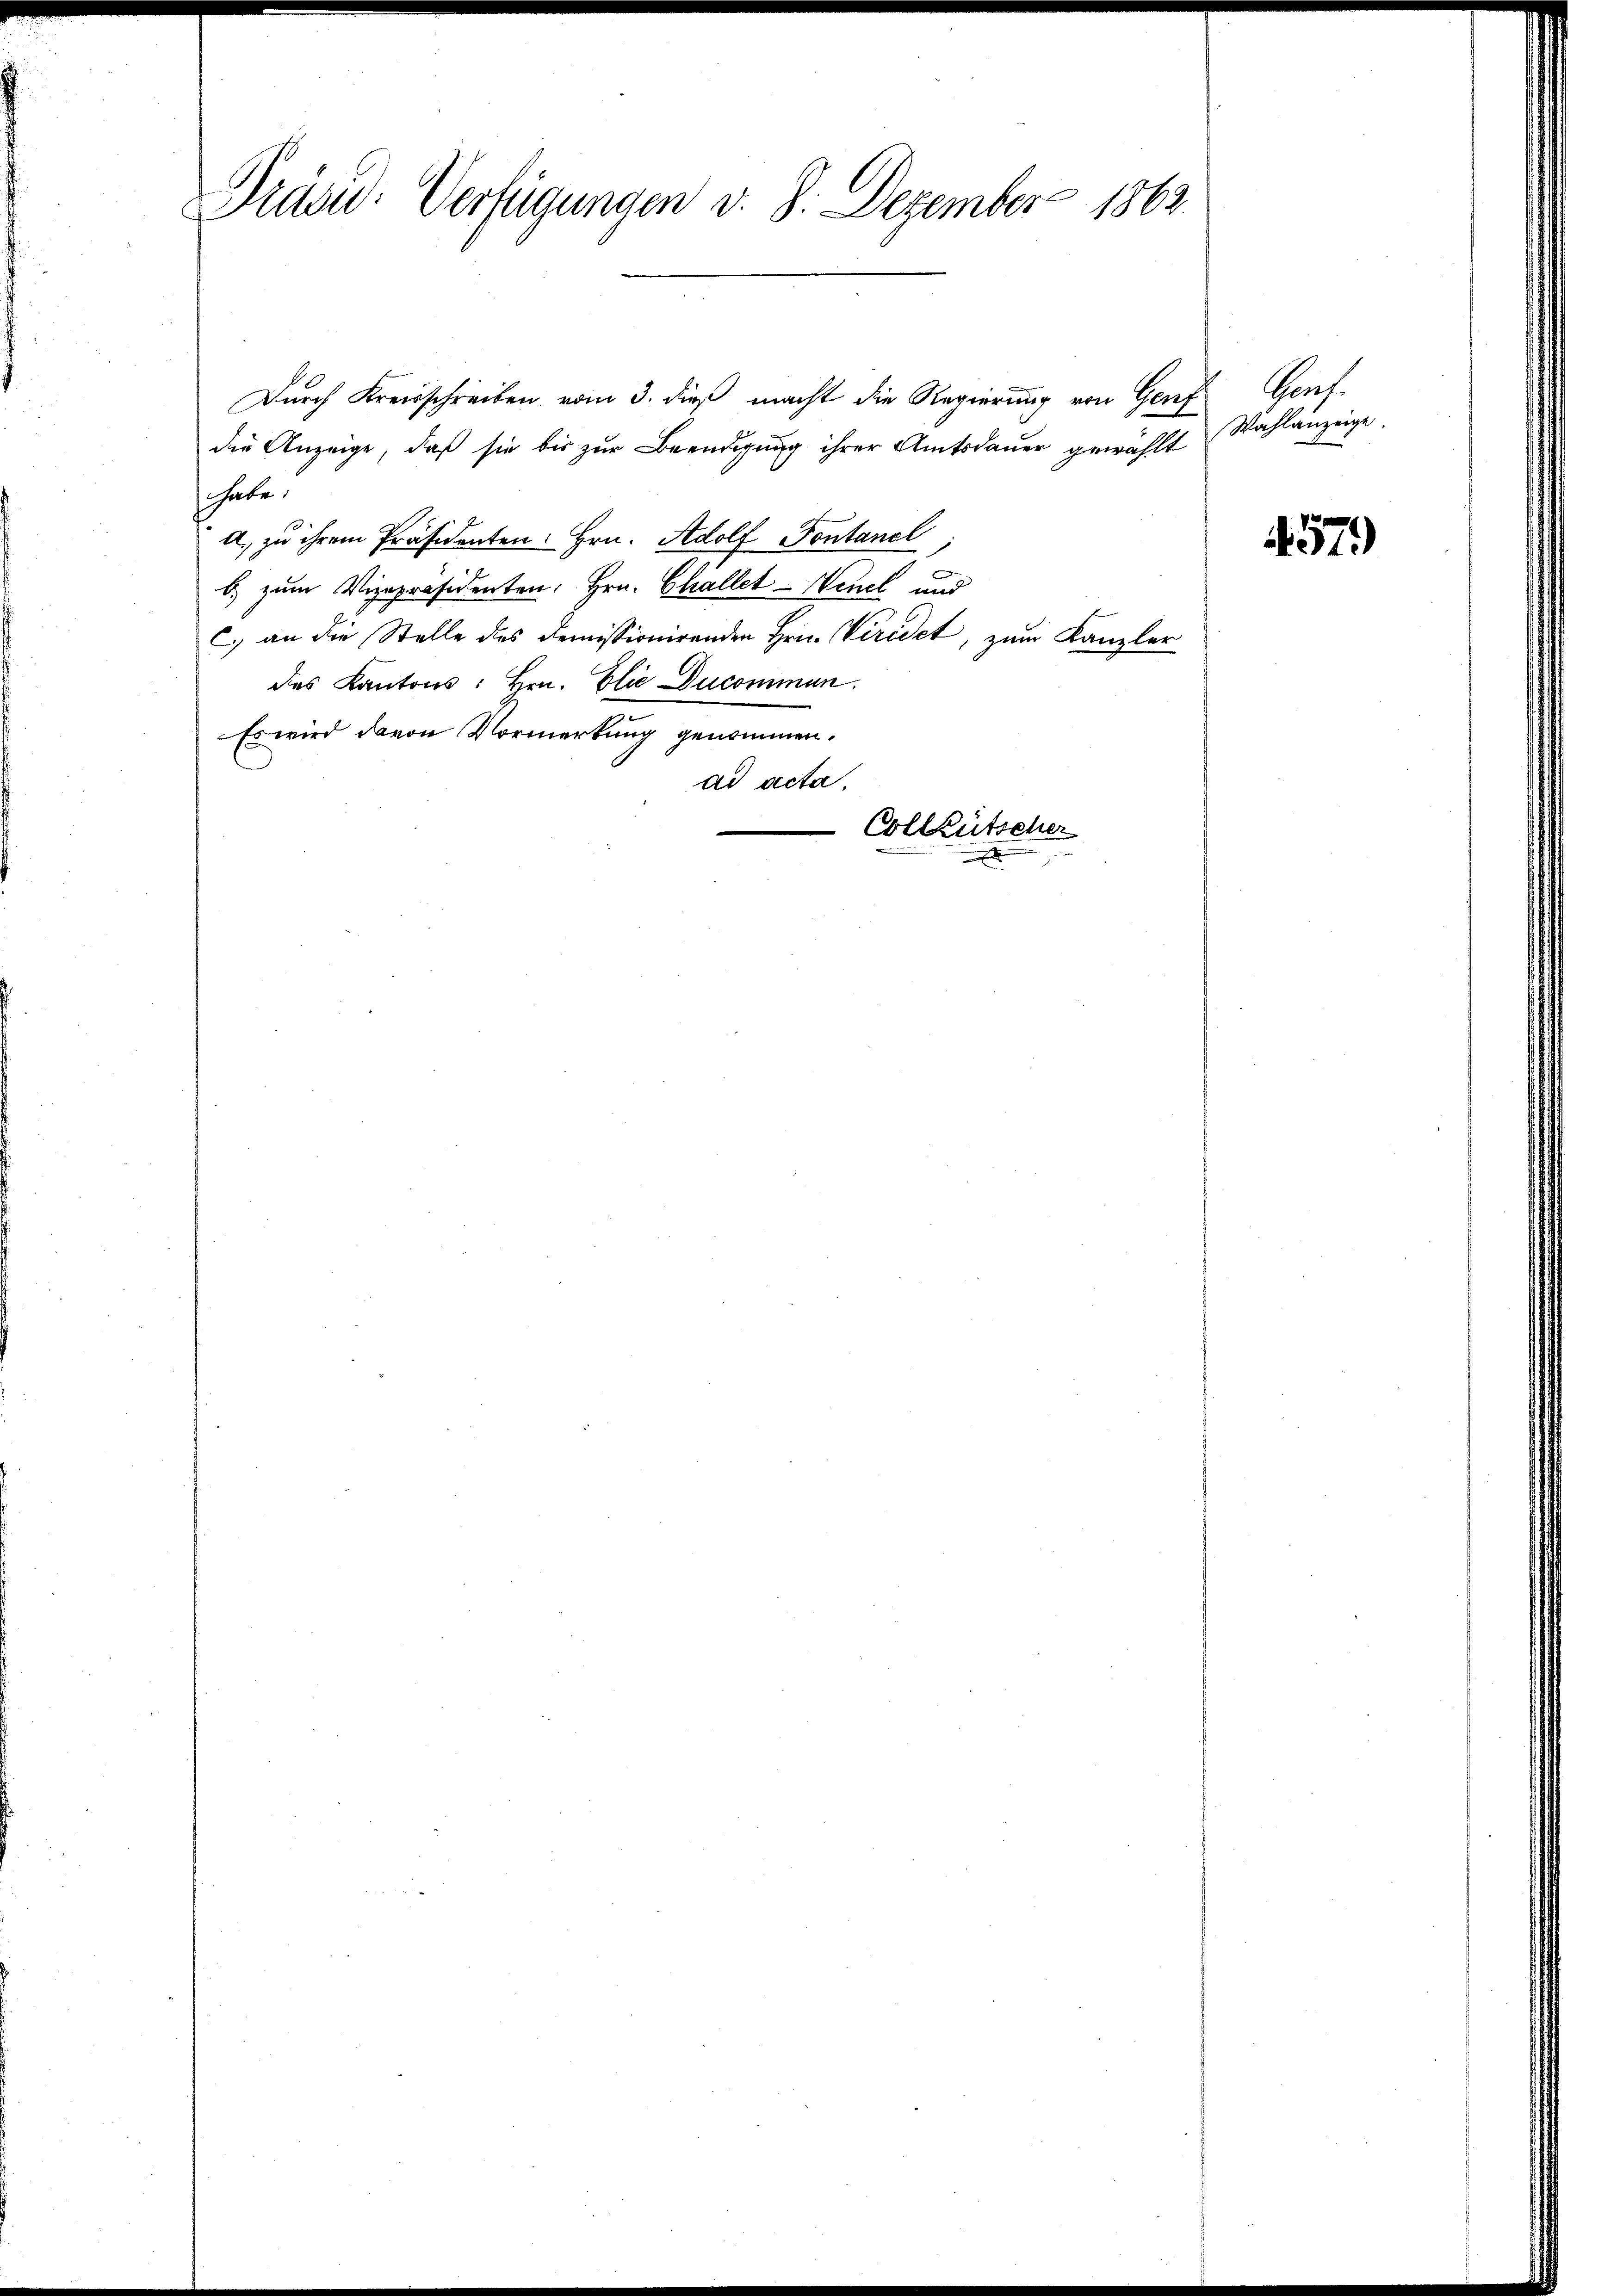
Präsid. Verfügungen v. 8. Dezember 1863.

Durch Kreisschreiben vom 3. dieß macht die Regierung von Genf
die Anzeige, daß sie bis zŭr Beendigŭng ihrer Amtsdaŭer gewählt Wahlanzeige.
shabe.
a., zu ihrem Präsidenten Hrn. Adolf Pontanel
b) zum Vizepräsidenten, Hrn. Challet-Wenel und
c) an die Stelle des demissionirenden Hrn. Veredet, zum Kanzler
des Kantons: Hrn. Elie Ducomman
Es wird davon Vormerkung genommen.
ad acta.
Colleütscher
e

Graf.

457)